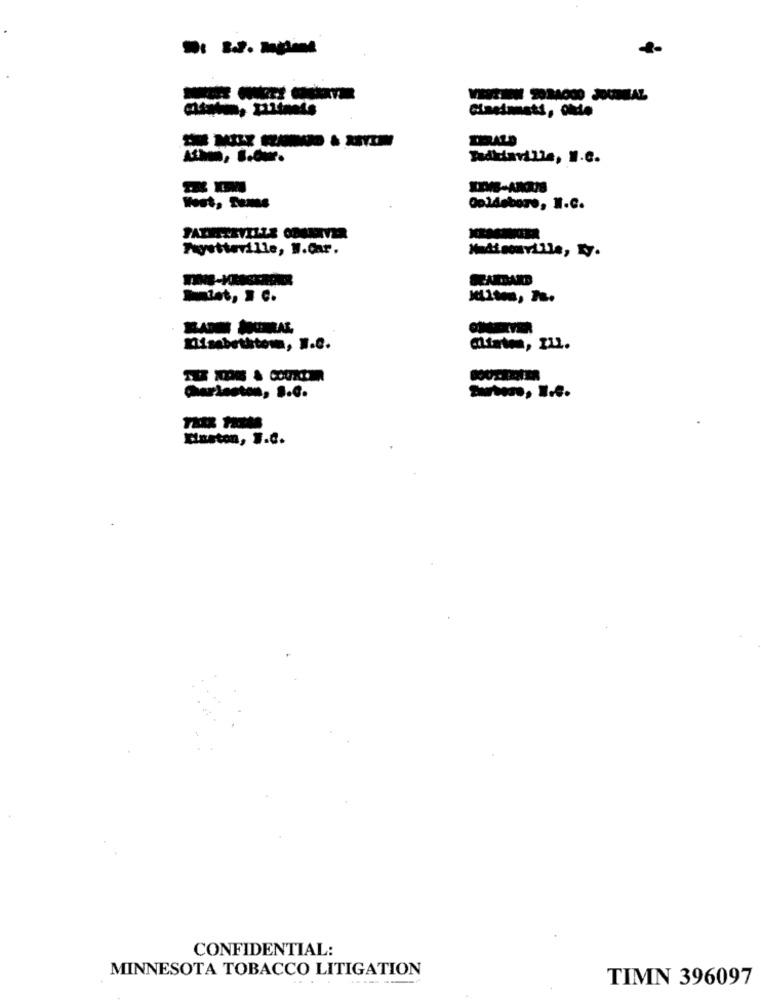
Tadkiaville, W.c.
West , Tome
Opldebore, W.C.
Fayetteville, W.Car.
Madisonville, .
Salat, . C.
Lisabethtom, W.C.
Charleston, S.C.
Surtens, I.e.
Kinston, W.C.
CONFIDENTIAL:
MINNESOTA TOBACCO LITIGATION
TIMN 396097